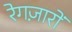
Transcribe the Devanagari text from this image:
रेगज़ारों